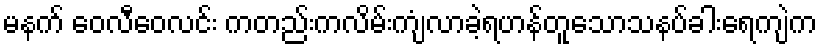
မနက် ဝေလီဝေလင်း ကတည်းကလိမ်းကျံလာခဲ့ရဟန်တူသောသနပ်ခါးရေကျဲက